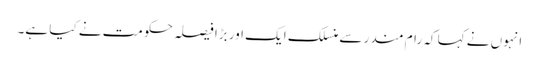
انہوں نے کہا کہ رام مندر سے منسلک ایک اور بڑا فیصلہ حکومت نے کیا ہے۔